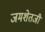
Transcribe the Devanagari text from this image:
जमशेतजी